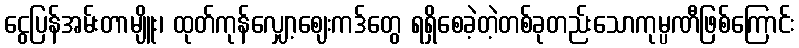
ငွေပြန်အမ်းတာမျိူး၊ ထုတ်ကုန်လျှော့ဈေးကဒ်တွေ ရရှိစေခဲ့တဲ့တစ်ခုတည်းသောကုမ္ပဏီဖြစ်ကြောင်း